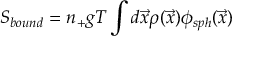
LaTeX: S _ { b o u n d } = n _ { + } g T \int d { \vec { x } } \rho ( { \vec { x } } ) \phi _ { s p h } ( { \vec { x } } )